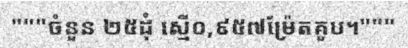
"""ចំនួន ២៥ដុំ ស្មើ០,៩៥៧ម្រ៉ែតគូប។"""